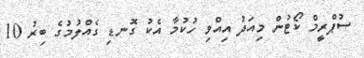
ސުޕްރީމް ކޯޓުން މިއަދު އިއްވި ހުކުމާ އެކު ގޮނޑި ގެއްލުމުގެ ބިރު 10